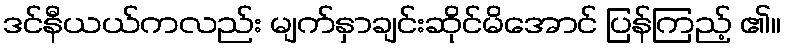
ဒင်နီယယ်ကလည်း မျက်နှာချင်းဆိုင်မိအောင် ပြန်ကြည့် ၏။